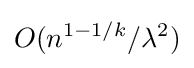
O(n^{1-1/k}/\lambda ^{2})